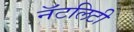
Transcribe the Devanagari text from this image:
नॅटलिटी